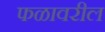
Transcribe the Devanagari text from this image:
फळावरील